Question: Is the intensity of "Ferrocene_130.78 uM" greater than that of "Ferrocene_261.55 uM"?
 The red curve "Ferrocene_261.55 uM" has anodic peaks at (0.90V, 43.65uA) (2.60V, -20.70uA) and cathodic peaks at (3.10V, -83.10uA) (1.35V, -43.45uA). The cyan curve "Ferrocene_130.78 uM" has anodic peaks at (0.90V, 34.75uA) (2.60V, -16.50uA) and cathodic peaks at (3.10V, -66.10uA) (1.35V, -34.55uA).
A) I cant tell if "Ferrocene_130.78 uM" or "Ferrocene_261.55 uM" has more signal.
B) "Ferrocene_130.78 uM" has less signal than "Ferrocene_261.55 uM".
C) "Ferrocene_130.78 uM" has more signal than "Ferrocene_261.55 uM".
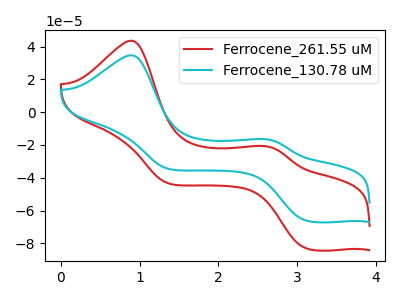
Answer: <think>All the peaks in "Ferrocene_130.78 uM" have a peak in "Ferrocene_261.55 uM" at the same potential.
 </think>
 <answer>A) I cant tell if "Ferrocene_130.78 uM" or "Ferrocene_261.55 uM" has more signal.</answer>
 <eval>A</eval>